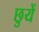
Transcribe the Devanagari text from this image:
छुयें